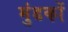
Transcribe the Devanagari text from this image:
मुंडकों